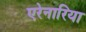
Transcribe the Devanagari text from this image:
एरेनारिया